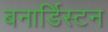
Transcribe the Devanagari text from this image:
बनार्डिस्टन